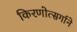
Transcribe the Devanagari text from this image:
किरणोत्‍सर्गाने